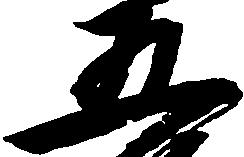
五